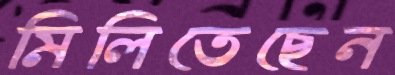
মিলিতেছেন